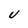
Character: U